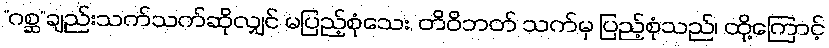
“ဂစ္ဆ”ချည်းသက်သက်ဆိုလျှင် မပြည့်စုံသေး, တိဝိဘတ် သက်မှ ပြည့်စုံသည်၊ ထို့ကြောင့်